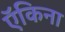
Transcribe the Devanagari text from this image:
ऍकिना